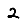
Digit: 2